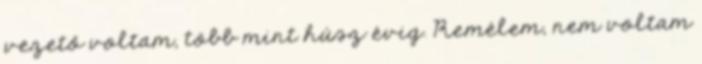
vezető voltam, több mint húsz évig. Remélem, nem voltam